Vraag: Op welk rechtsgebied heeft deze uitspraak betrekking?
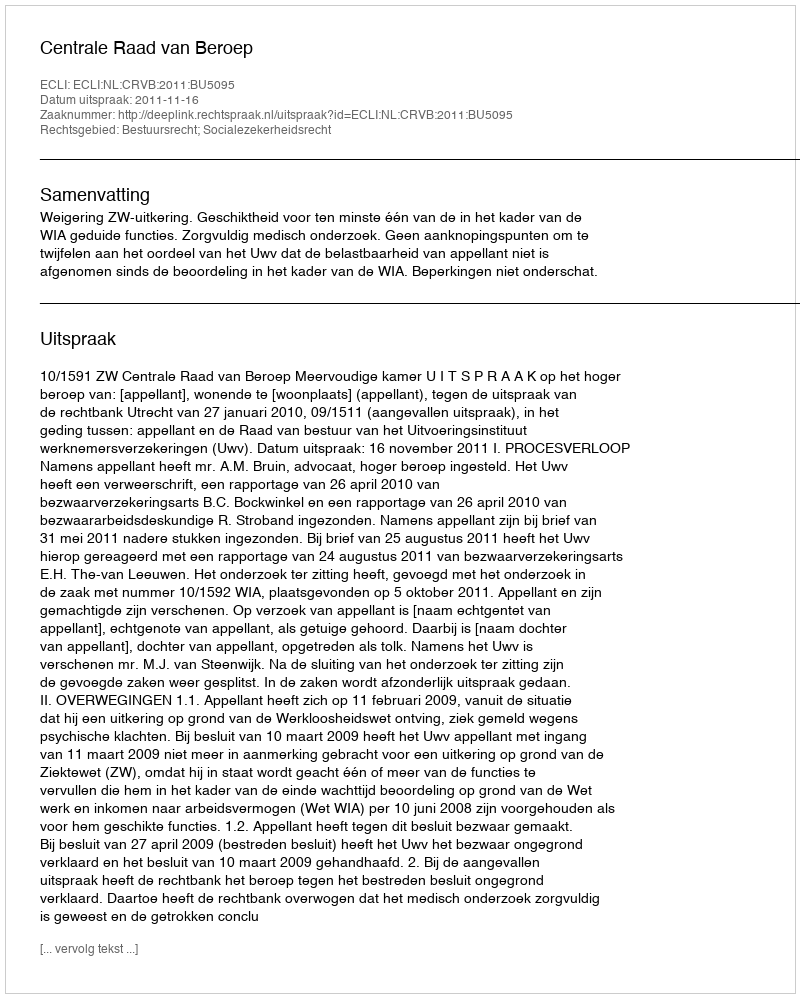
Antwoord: Bestuursrecht; Socialezekerheidsrecht